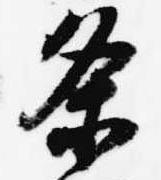
条